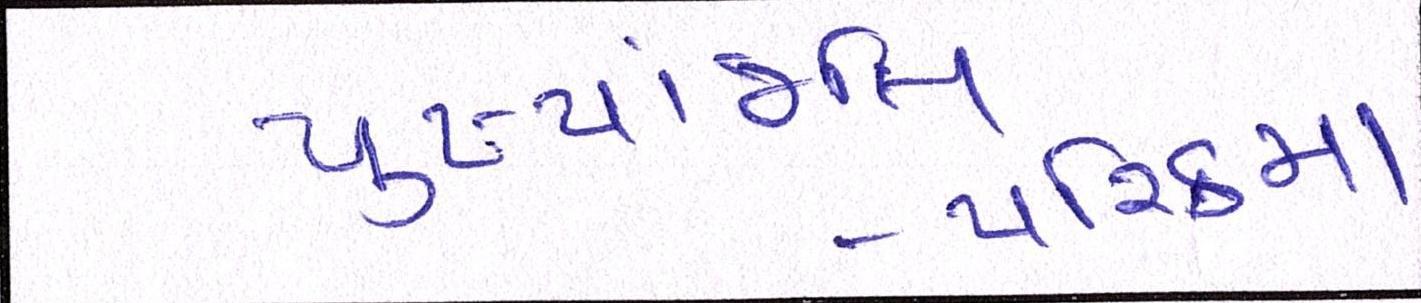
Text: પુષ્પાંજલિ-પરિક્રમા